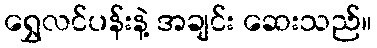
ရွှေလင်ပန်းနဲ့ အချင်း ဆေးသည်။